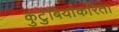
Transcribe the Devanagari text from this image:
कुटुंबियांकरिता